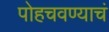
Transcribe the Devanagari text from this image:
पोहचवण्याचं